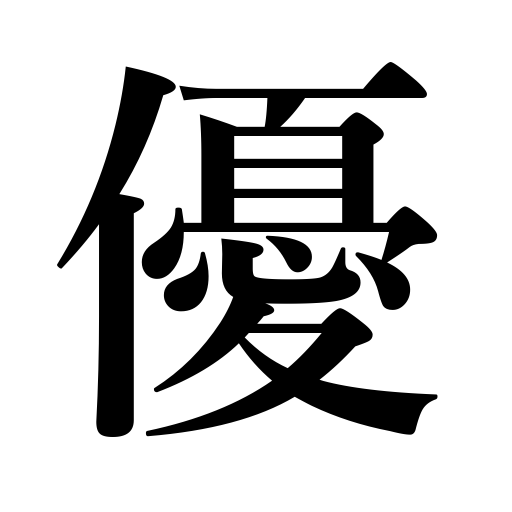
Meanings: surpass,kind,actor,have advantages over,gentleness,gentle,graceful,superiority,affectionate,amiable,suave,be excellent,tender,excel